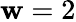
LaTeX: \mathbf{w}=2